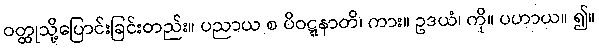
ဝတ္ထုသို့ပြောင်းခြင်းတည်း။ ပညာယ စ ပိဝဋ္ဋနာတိ၊ ကား။ ဥဒယံ၊ ကို။ ပဟာယ။ ၍။